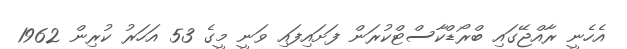
އެހެނީ ރާއްޖޭގައި ބްރޯޑްކާސްޓްކުރަން ފަށައިފައި ވަނީ މީގެ 53 އަހަރު ކުރިން 1962